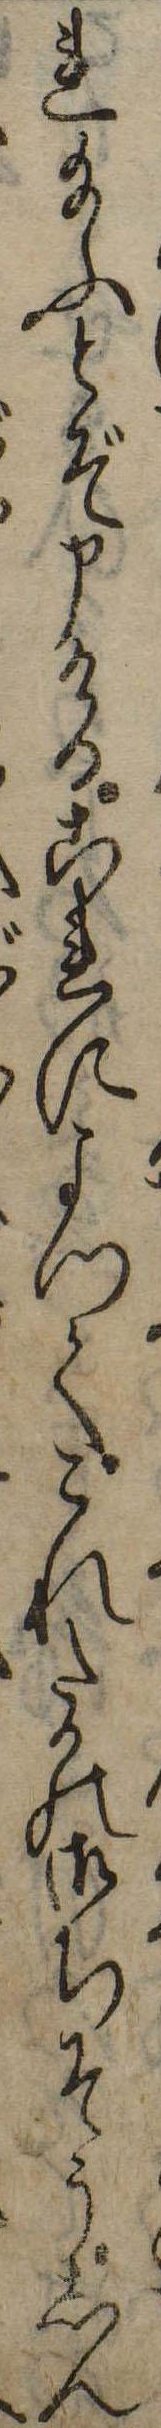
れ給ふとぞ申けるこれによつてこれたかの御ちそうしん